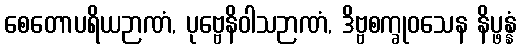
စေတောပရိယဉာဏံ, ပုဗ္ဗေနိဝါသဉာဏံ, ဒိဗ္ဗစက္ခုဝသေန နိပ္ဖန္နံ